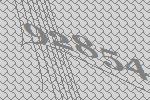
92854